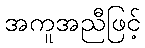
အကူအညီဖြင့်